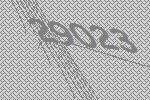
29023